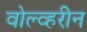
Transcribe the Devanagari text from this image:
वोल्व्हरीन